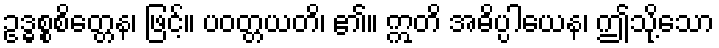
ဥဒ္ဓစ္စစိတ္တေန၊ ဖြင့်။ ပဝတ္တယတိ၊ ၏။ ဣတိ အဓိပ္ပါယေန၊ ဤသို့သော